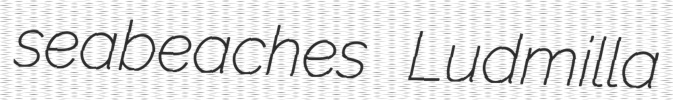
seabeaches Ludmilla